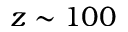
z \sim 1 0 0